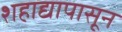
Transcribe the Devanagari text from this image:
शहाद्यापासून